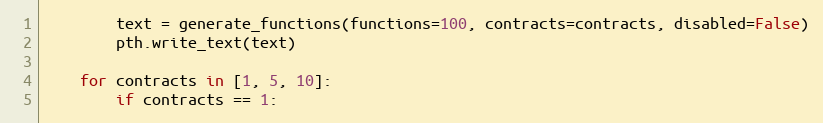
Language: Python
        text = generate_functions(functions=100, contracts=contracts, disabled=False)
        pth.write_text(text)

    for contracts in [1, 5, 10]:
        if contracts == 1: